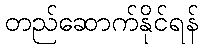
တည်ဆောက်နိုင်ရန်